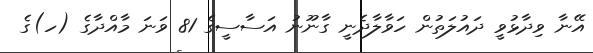
އޭނާ ވިދާޅުވީ ދައުލަތުން ހަވާލާދެނީ ގާނޫނު އަސާސީގެ 81 ވަނަ މާއްދާގެ (ހ)ގެ